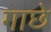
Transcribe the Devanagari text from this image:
गाछे